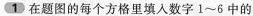
1在题图的每个方格里填入数字1~6中的